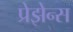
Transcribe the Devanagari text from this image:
प्रेझेन्स